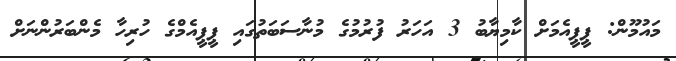
މައުމޫން: ޕީޕީއެމަށް ކާމިޔާބު 3 އަހަރު ފުރުމުގެ މުނާސަބަތުގައި ޕީޕީއެމްގެ ހުރިހާ މެންބަރުންނަށް